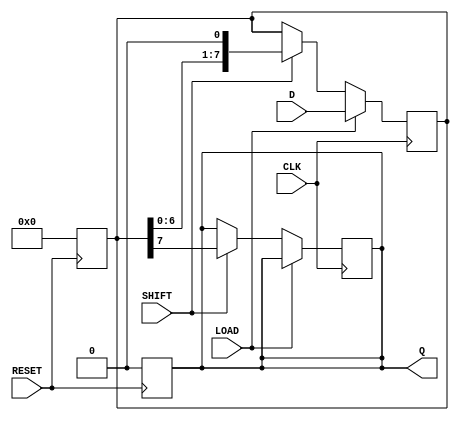
module PISO_Register #(
    parameter WIDTH = 8  // Configurable width of the data bus
)(
    input wire [WIDTH-1:0] D,      // Parallel input data
    output reg Q,                   // Serial output data
    input wire LOAD,                // Load control signal
    input wire SHIFT,               // Shift control signal
    input wire CLK,                 // Clock signal
    input wire RESET                // Asynchronous reset signal
);

    reg [WIDTH-1:0] shift_reg;      // Shift register to hold data

    // Asynchronous reset
    always @(posedge RESET) begin
        shift_reg <= {WIDTH{1'b0}};  // Clear the register
        Q <= 1'b0;                   // Clear the output
    end

    // Main operation on clock edge
    always @(posedge CLK) begin
        if (LOAD) begin
            shift_reg <= D;          // Load data into the shift register
        end else if (SHIFT) begin
            Q <= shift_reg[WIDTH-1]; // Output the MSB
            shift_reg <= {shift_reg[WIDTH-2:0], 1'b0}; // Shift left
        end
    end

endmodule